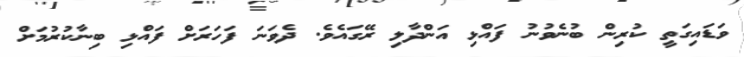
ވަޑައިގަތީ ކުރިން ބުނެވުނު ފައްޅި އަންދާލި ރޭގައެވެ. ދެވަނަ ފަހަރަށް ފައްޅި ބިނާކުރުމަށް